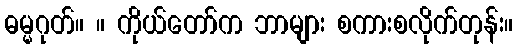
ဓမ္မဂုတ်။ ။ ကိုယ်တော်က ဘာများ စကားစလိုက်တုန်း။